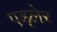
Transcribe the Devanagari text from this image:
एड्लेर